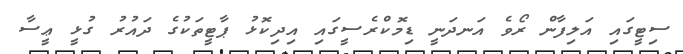
ސިޓީގައި އަލިފާން ރޯވެ އަނދަނީ ޑިމޮކްރެސީގައި އިދިކޮޅު ޕާޓީތަކުގެ ދައުރު ގުޅީ ޢީސާ